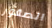
الصقور